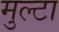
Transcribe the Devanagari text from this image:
मुल्टा